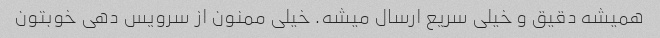
همیشه دقیق و خیلی سریع ارسال میشه. خیلی ممنون از سرویس دهی خوبتون